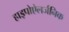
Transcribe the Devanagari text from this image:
हाइपोऐलर्जनिक